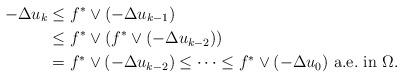
LaTeX: \begin{align*} - \Delta u_k &\leq f^* \vee (-\Delta u_{k-1})\\ &\leq f^* \vee \left( f^* \vee (-\Delta u_{k-2}) \right)\\ &= f^* \vee (-\Delta u_{k-2}) \leq \cdots \leq f^* \vee (-\Delta u_0)\mbox{ a.e.~in } \Omega.\end{align*}